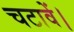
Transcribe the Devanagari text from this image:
चटावें।